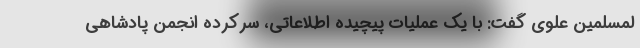
لمسلمین علوی گفت: با یک عملیات پیچیده اطلاعاتی، سرکرده انجمن پادشاهی